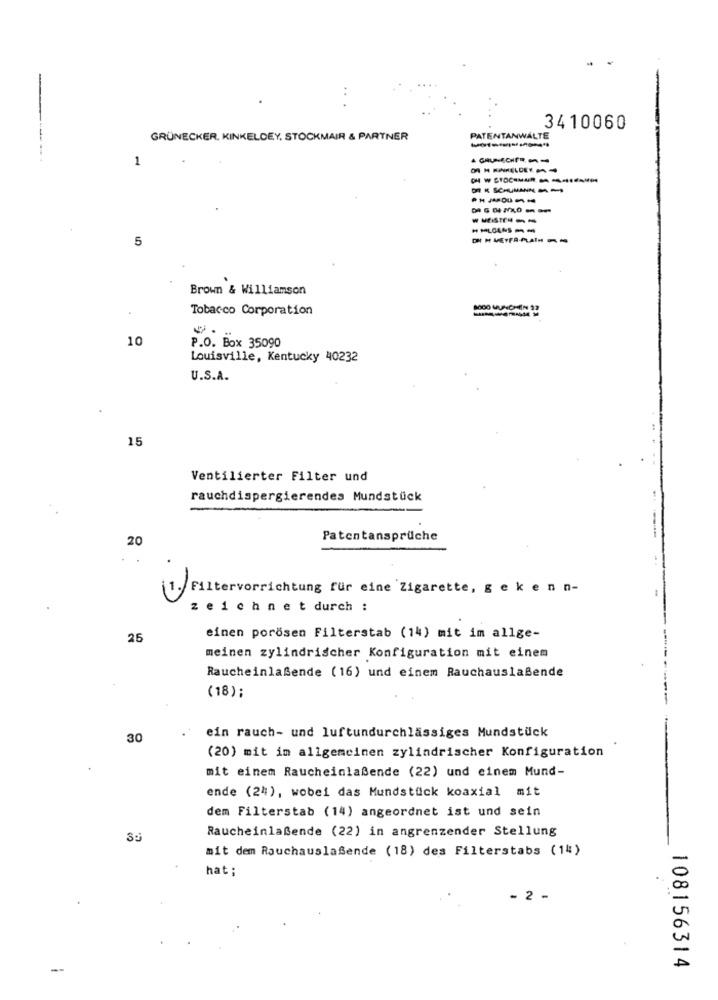
3410060
GRÜNECKER, KINKELDEY, STOCKMAIR & PARTNER
PATENTANWÄLTE
1
------
5
Brown & Williamson
Tobacco Corporation
8000 MUNCHEN 1
10
P.O. Box 35090
Louisville, Kentucky 40232
U.S.A.
15
Ventilierter Filter und
rauchdispergierendes Mundstück
20
Patentansprüche
Filtervorrichtung für eine Zigarette, g e k en n-
zeichnet durch :
25
einen porösen Filterstab (14) mit im allge-
meinen zylindrischer Konfiguration mit einem
Raucheinlaßende (16) und einem Rauchauslaßende
(18);
ein rauch- und luftundurchlässiges Mundstück
30
(20) mit im allgemeinen zylindrischer Konfiguration
mit einem Raucheinlaßende (22) und einem Mund-
ende (24), wobei das Mundstück koaxial mit
dem Filterstab (14) angeordnet ist und sein
Raucheinlaßende (22) in angrenzender Stellung
mit dem Rauchauslaßende (18) des Filterstabs (14)
hat;
- 2 -
108156314